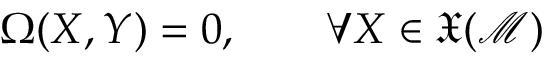
\Omega ( X , Y ) = 0 , \qquad \forall X \in \mathfrak { X } ( \mathcal { M } )